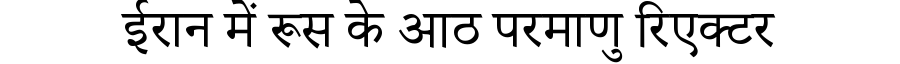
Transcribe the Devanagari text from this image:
ईरान में रूस के आठ परमाणु रिएक्टर